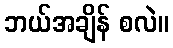
ဘယ်အချိန် စလဲ။